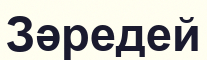
Зәредей